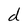
Character: d